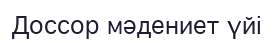
Доссор мәдениет үйі